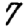
Digit: 7